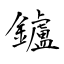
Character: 鑪